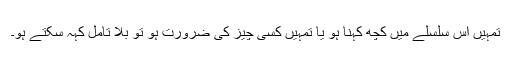
تمہیں اس سلسلے میں کچھ کہنا ہو یا تمہیں کسی چیز کی ضرورت ہو تو بلا تامل کہہ سکتے ہو۔